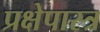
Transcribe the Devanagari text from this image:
प्रक्षेपास्‍त्र